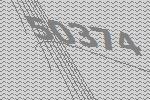
50374